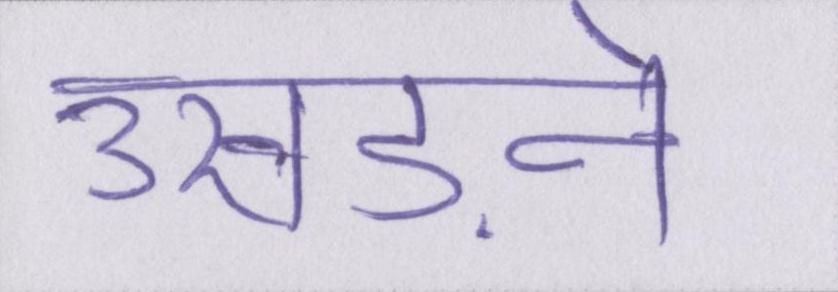
उखड़ने